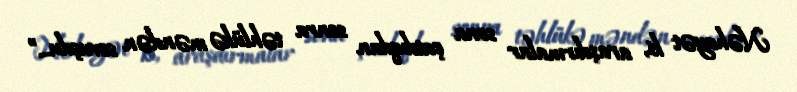
Nəhayət ki, araşdırmalar sona çatdıqdan sonra təhlükə məndən sovuşdu...”